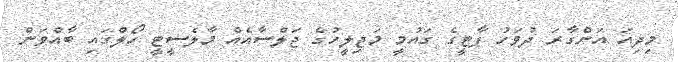
މިދިއަ އަންގާރަ ދުވަހު ޕާޓީގެ ގައުމީ މަޖިލީހުގެ ޖަލްސާއެއް މާލެސީޓީ ހޯލްގައި ބާއްވަން